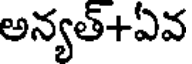
అన్యత్+ఏవ